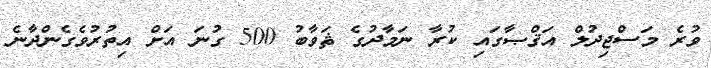
ވުރެ މަސްޖިދުލް އަޤްޞާގައި ކުރާ ނަމާދުގެ ޘަވާބު 500 ގުނަ އަށް އިތުރުވެގެންދާނެ